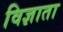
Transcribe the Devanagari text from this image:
विज्ञाता